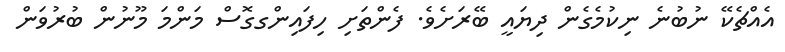
އެއްޗެކޭ ނުބުނެ ނިކުމެގެން ދިޔައީ ބޭރަށެވެ. ފެންތަށި ހިފައިންގގޮސް މަންމަ މޫނުން ބުރުވަން